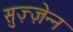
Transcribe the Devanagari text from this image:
सुज़्ज़ेन्न